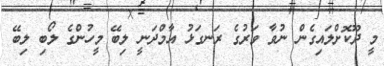
މީ ދޫކޮށްލައިގެން ނުވާ ވަރުގެ ރަނގަޅު އާމްދަނީ ލިބޭ މީހުންގެ ލޯބި ލިބޭ